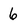
Character: 6